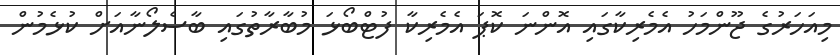
މިއަހަރުގެ ޖޫންމަހު އެމެރިކާގައި އޮންނަ ކޮޕަ އެމެރިކާ ފުޓްބޯޅަ މުބާރާތުގައި ބާސެލޯނާއަށް ކުޅެމުން